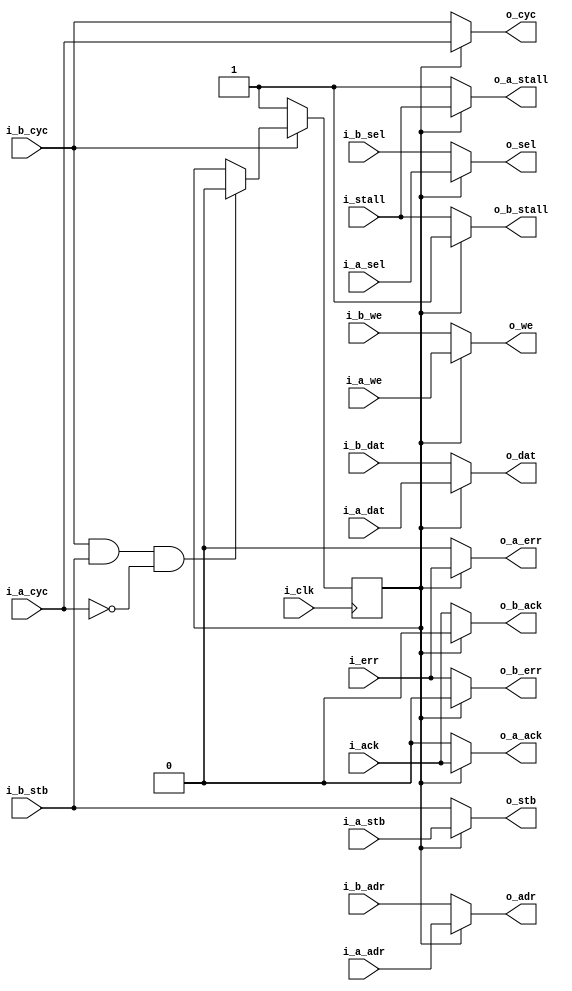
////////////////////////////////////////////////////////////////////////////////
//
//
// Project:	Zip CPU -- a small, lightweight, RISC CPU soft core
//
// Purpose:	This is a priority bus arbiter.  It allows two separate wishbone
//		masters to connect to the same bus, while also guaranteeing
//	that one master can have the bus with no delay any time the other
//	master is not using the bus.  The goal is to eliminate the combinatorial
//	logic required in the other wishbone arbiter, while still guarateeing
//	access time for the priority channel.
//
//	The core logic works like this:
//
//	1. When no one requests the bus, 'A' is granted the bus and guaranteed
//		that any access will go right through.
//	2. If 'B' requests the bus (asserts cyc), and the bus is idle, then
//		'B' will be granted the bus.
//	3. Bus grants last as long as the 'cyc' line is high.
//	4. Once 'cyc' is dropped, the bus returns to 'A' as the owner.
//
//
// Creator:	Dan Gisselquist, Ph.D.
//		Gisselquist Technology, LLC
//
////////////////////////////////////////////////////////////////////////////////
//
// Copyright (C) 2015,2018-2020, Gisselquist Technology, LLC
//
// This program is free software (firmware): you can redistribute it and/or
// modify it under the terms of the GNU General Public License as published
// by the Free Software Foundation, either version 3 of the License, or (at
// your option) any later version.
//
// This program is distributed in the hope that it will be useful, but WITHOUT
// ANY WARRANTY; without even the implied warranty of MERCHANTIBILITY or
// FITNESS FOR A PARTICULAR PURPOSE.  See the GNU General Public License
// for more details.
//
// You should have received a copy of the GNU General Public License along
// with this program.  (It's in the $(ROOT)/doc directory.  Run make with no
// target there if the PDF file isn't present.)  If not, see
// <http://www.gnu.org/licenses/> for a copy.
//
// License:	GPL, v3, as defined and found on www.gnu.org,
//		http://www.gnu.org/licenses/gpl.html
//
//
////////////////////////////////////////////////////////////////////////////////
//
//
`default_nettype	none
//
module	wbpriarbiter(i_clk,
	// Bus A
	i_a_cyc, i_a_stb, i_a_we, i_a_adr, i_a_dat, i_a_sel, o_a_stall, o_a_ack, o_a_err,
	// Bus B
	i_b_cyc, i_b_stb, i_b_we, i_b_adr, i_b_dat, i_b_sel, o_b_stall, o_b_ack, o_b_err,
	// Both buses
	o_cyc, o_stb, o_we, o_adr, o_dat, o_sel, i_stall, i_ack, i_err);
	parameter			DW=32, AW=32;
	//
	// ZERO_ON_IDLE uses more logic than the alternative.  It should be
	// useful for reducing power, as these circuits tend to drive wires
	// all the way across the design, but it may also slow down the master
	// clock.  I've used it as an option when using VERILATOR, 'cause
	// zeroing things on idle can make them stand out all the more when
	// staring at wires and dumps and such.
	parameter	[0:0]		OPT_ZERO_ON_IDLE = 1'b0;
	//
	input	wire			i_clk;
	// Bus A
	input	wire			i_a_cyc, i_a_stb, i_a_we;
	input	wire	[(AW-1):0]	i_a_adr;
	input	wire	[(DW-1):0]	i_a_dat;
	input	wire	[(DW/8-1):0]	i_a_sel;
	output	wire			o_a_stall, o_a_ack, o_a_err;
	// Bus B
	input	wire			i_b_cyc, i_b_stb, i_b_we;
	input	wire	[(AW-1):0]	i_b_adr;
	input	wire	[(DW-1):0]	i_b_dat;
	input	wire	[(DW/8-1):0]	i_b_sel;
	output	wire			o_b_stall, o_b_ack, o_b_err;
	//
	output	wire			o_cyc, o_stb, o_we;
	output	wire	[(AW-1):0]	o_adr;
	output	wire	[(DW-1):0]	o_dat;
	output	wire	[(DW/8-1):0]	o_sel;
	input	wire			i_stall, i_ack, i_err;

	// Go high immediately (new cycle) if ...
	//	Previous cycle was low and *someone* is requesting a bus cycle
	// Go low immadiately if ...
	//	We were just high and the owner no longer wants the bus
	// WISHBONE Spec recommends no logic between a FF and the o_cyc
	//	This violates that spec.  (Rec 3.15, p35)
	reg	r_a_owner;

	initial	r_a_owner = 1'b1;
	always @(posedge i_clk)
		if (!i_b_cyc)
			r_a_owner <= 1'b1;
		// Allow B to set its CYC line w/o activating this interface
		else if ((i_b_cyc)&&(i_b_stb)&&(!i_a_cyc))
			r_a_owner <= 1'b0;

	// Realistically, if neither master owns the bus, the output is a
	// don't care.  Thus we trigger off whether or not 'A' owns the bus.
	// If 'B' owns it all we care is that 'A' does not.  Likewise, if
	// neither owns the bus than the values on these various lines are
	// irrelevant.

	assign o_cyc = (r_a_owner) ? i_a_cyc : i_b_cyc;
	assign o_we  = (r_a_owner) ? i_a_we  : i_b_we;
	assign o_stb   = (r_a_owner) ? i_a_stb   : i_b_stb;
	generate if (OPT_ZERO_ON_IDLE)
	begin
		assign	o_adr     = (o_stb)?((r_a_owner) ? i_a_adr  : i_b_adr):0;
		assign	o_dat     = (o_stb)?((r_a_owner) ? i_a_dat  : i_b_dat):0;
		assign	o_sel     = (o_stb)?((r_a_owner) ? i_a_sel  : i_b_sel):0;
		assign	o_a_ack   = (o_cyc)&&( r_a_owner) ? i_ack   : 1'b0;
		assign	o_b_ack   = (o_cyc)&&(!r_a_owner) ? i_ack   : 1'b0;
		assign	o_a_stall = (o_cyc)&&( r_a_owner) ? i_stall : 1'b1;
		assign	o_b_stall = (o_cyc)&&(!r_a_owner) ? i_stall : 1'b1;
		assign	o_a_err   = (o_cyc)&&( r_a_owner) ? i_err : 1'b0;
		assign	o_b_err   = (o_cyc)&&(!r_a_owner) ? i_err : 1'b0;
	end else begin
		assign o_adr   = (r_a_owner) ? i_a_adr   : i_b_adr;
		assign o_dat   = (r_a_owner) ? i_a_dat   : i_b_dat;
		assign o_sel   = (r_a_owner) ? i_a_sel   : i_b_sel;

		// We cannot allow the return acknowledgement to ever go high if
		// the master in question does not own the bus.  Hence we force it
		// low if the particular master doesn't own the bus.
		assign	o_a_ack   = ( r_a_owner) ? i_ack   : 1'b0;
		assign	o_b_ack   = (!r_a_owner) ? i_ack   : 1'b0;

		// Stall must be asserted on the same cycle the input master asserts
		// the bus, if the bus isn't granted to him.
		assign	o_a_stall = ( r_a_owner) ? i_stall : 1'b1;
		assign	o_b_stall = (!r_a_owner) ? i_stall : 1'b1;

		//
		//
		assign	o_a_err = ( r_a_owner) ? i_err : 1'b0;
		assign	o_b_err = (!r_a_owner) ? i_err : 1'b0;
	end endgenerate

`ifdef	FORMAL
// Formal properties for this module are maintained elsewhere
`endif
endmodule